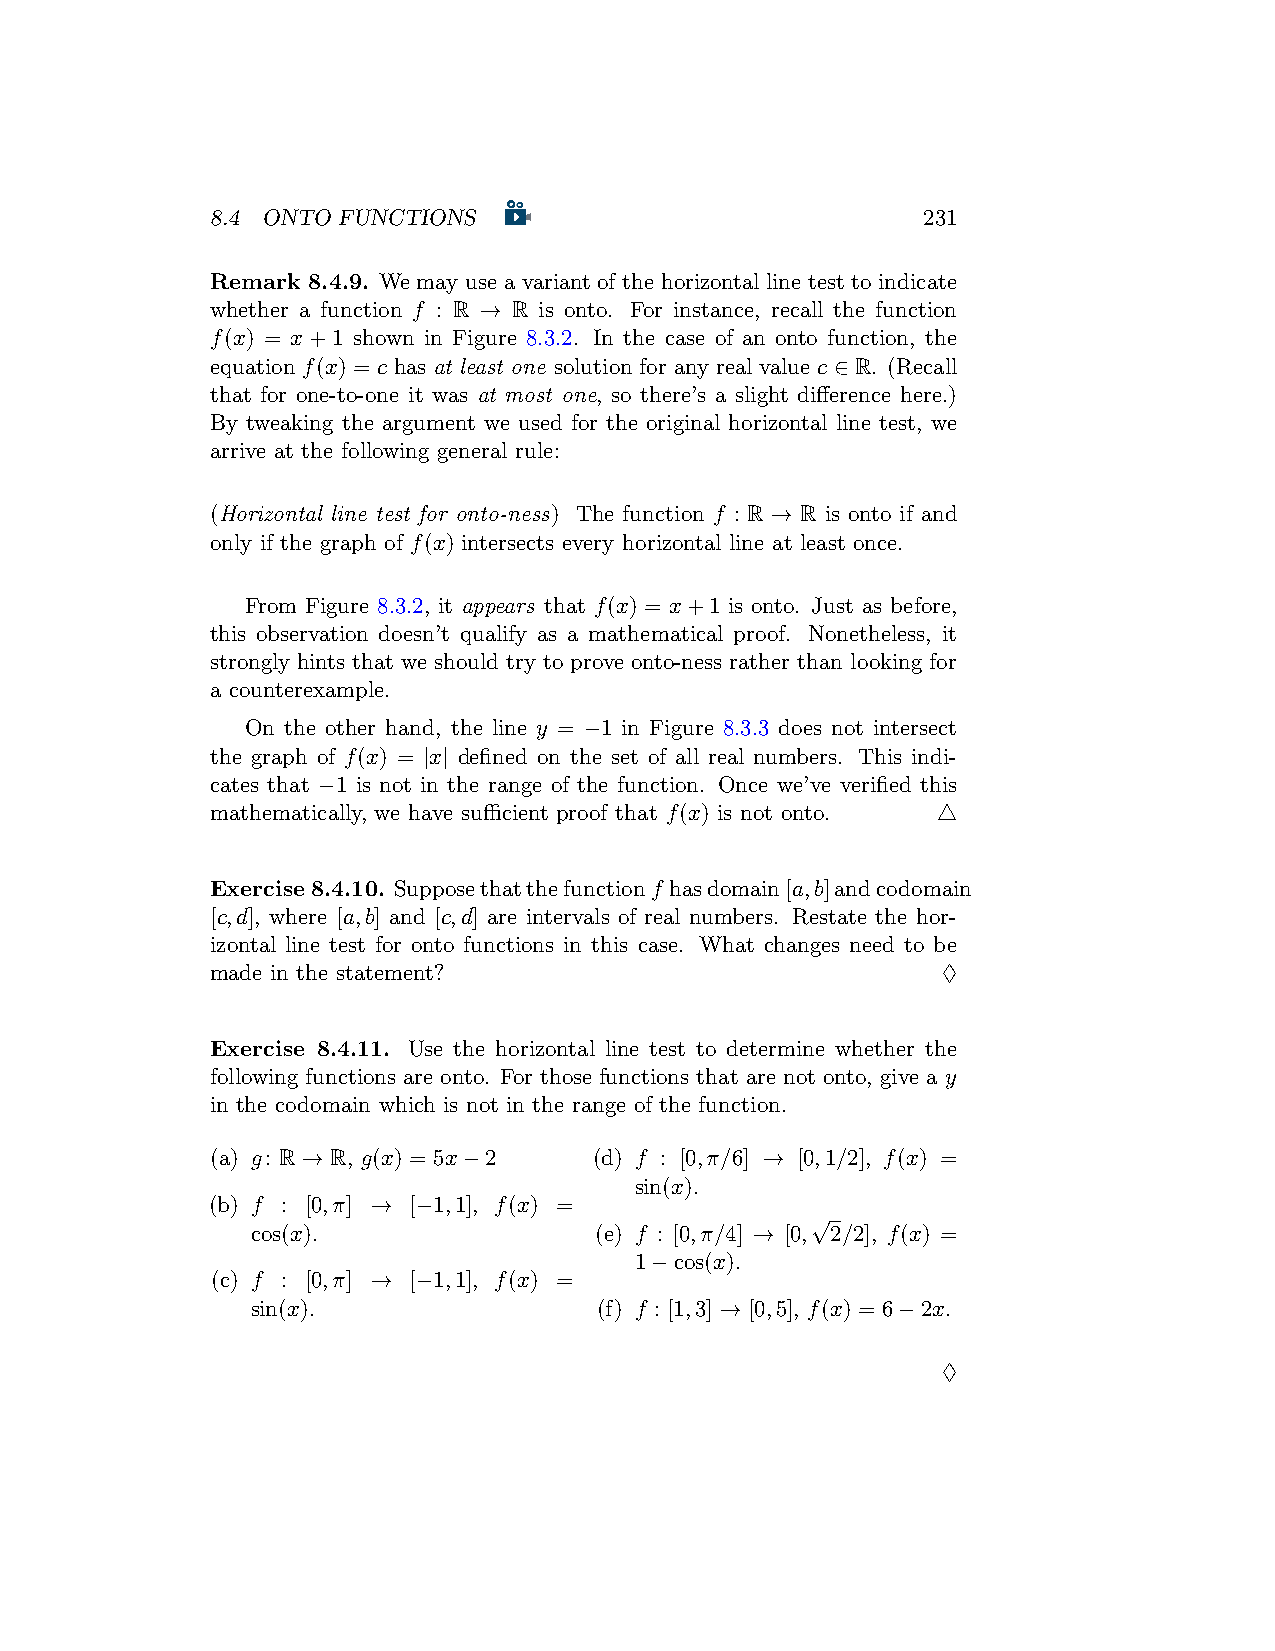
8.4 ONTO FUNCTIONS                             231
 Remark 8.4.9. We may use a variant of the horizontal line test to indicate
 whether a function f : R → R is onto. For instance, recall the function
 f(x) = x+1 shown in Figure 8.3.2. In the case of an onto function, the
 equation f(x) = c has at least one solution for any real value c ∈ R. (Recall
 that for one-to-one it was at most one, so there’s a slight difference here.)
 By tweaking the argument we used for the original horizontal line test, we
 arrive at the following general rule:
 (Horizontal line test for onto-ness) The function f : R → R is onto if and
 only if the graph of f(x) intersects every horizontal line at least once.
 From Figure 8.3.2, it appears that f(x) = x+1 is onto. Just as before,
 this observation doesn’t qualify as a mathematical proof. Nonetheless, it
 strongly hints that we should try to prove onto-ness rather than looking for
 a counterexample.
 On the other hand, the line y = −1 in Figure 8.3.3 does not intersect
 the graph of f(x) = |x| defined on the set of all real numbers. This indi-
 cates that −1 is not in the range of the function. Once we’ve verified this
 mathematically, we have sufficient proof that f(x) is not onto. △
 Exercise8.4.10. Supposethatthefunctionf hasdomain[a,b]andcodomain
 [c,d], where [a,b] and [c,d] are intervals of real numbers. Restate the hor-
 izontal line test for onto functions in this case. What changes need to be
 made in the statement?                          ♢
 Exercise 8.4.11. Use the horizontal line test to determine whether the
 following functions are onto. For those functions that are not onto, give a y
 in the codomain which is not in the range of the function.
 (a) g: R → R, g(x) = 5x−2 (d) f : [0,π/6] → [0,1/2], f(x) =
 sin(x).
 (b) f : [0,π] → [−1,1], f(x) =
 √
 cos(x).               (e) f : [0,π/4] → [0, 2/2], f(x) =
 1−cos(x).
 (c) f : [0,π] → [−1,1], f(x) =
 sin(x).                (f) f : [1,3] → [0,5], f(x) = 6−2x.
 ♢